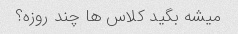
میشه بگید کلاس ها چند روزه؟